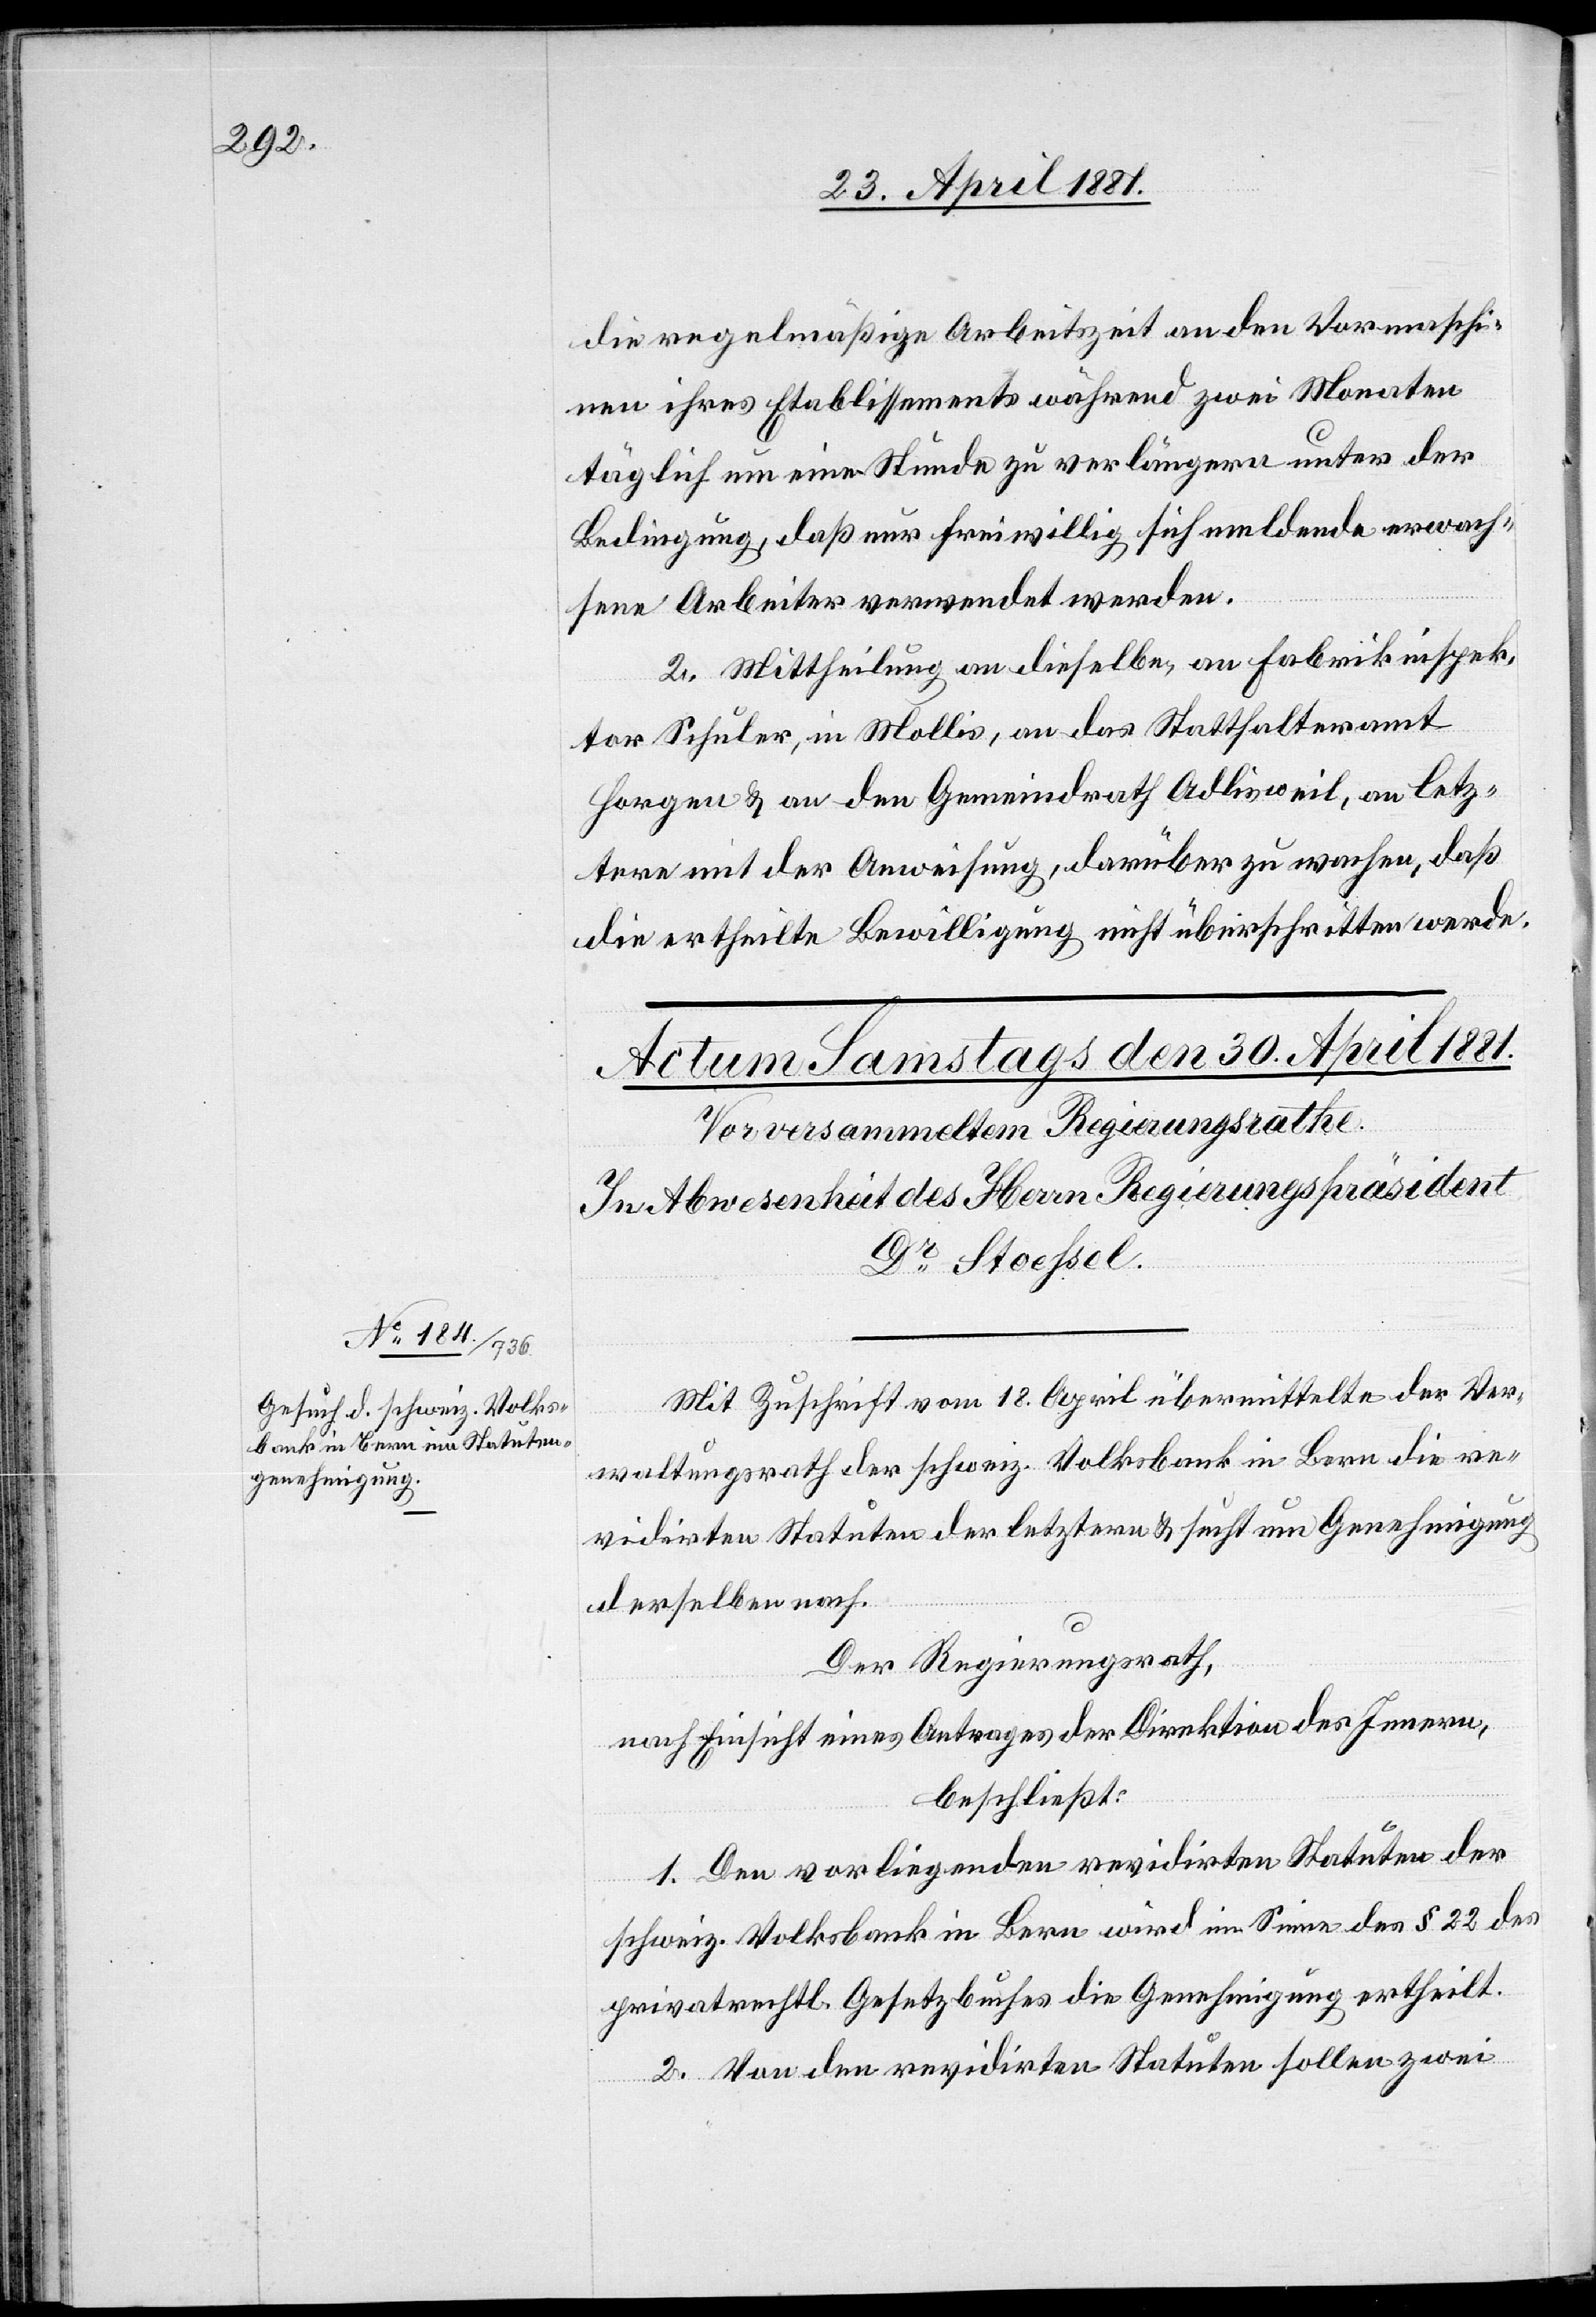
die regelmäßige Arbeitszeit an den Vormaschi¬
nen ihres Etablissements während zwei Monaten
täglich um eine Stunde zu verlängern unter der
Bedingung, daß nur freiwillig sich meldende erwach¬
sene Arbeiter verwendet werden.
2. Mittheilung an dieselbe, an Fabrikinspek¬
tor Schuler, in Mollis, an das Statthalteramt
Horgen & an den Gemeindrath Adlisweil, an letz¬
ern mit der Anweisung, darüber zu wachen, daß
die ertheilte Bewilligung nicht überschritten werde.
Mit Zuschrift vom 18. April übermittelte der Ver¬
waltungsrath der Schweiz. Volksbank in Bern die re¬
vidirten Statuten der letzern & sucht um Genehmigung
derselben nach.
Der Regierungsrath,
nach Einsicht eines Antrages der Direktion des Innern,
beschließt:
1. Den vorliegenden revidirten Statuten der
Schweiz. Volksbank in Bern wird im Sinne des § 22 des
privatrechtl. Gesetzbuches die Genehmigung ertheilt.
2. Von den revidirten Statuten sollen zwei